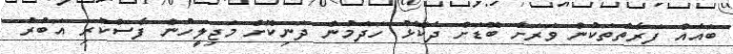
ބައެއް ފަރާތްތަކުން ވަރަށް ބޮޑަށް ދެކޮޅު ހަދަމުން ދަނިކޮށް މަޖިލީހުން ފާސްކުރި އަބުރު